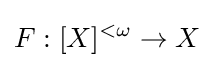
F:[X]^{<\omega }\to X